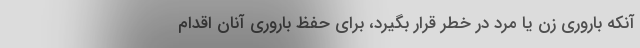
آنکه باروری زن یا مرد در خطر قرار بگیرد، برای حفظ باروری آنان اقدام